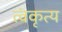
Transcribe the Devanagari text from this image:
त्वंकृत्य